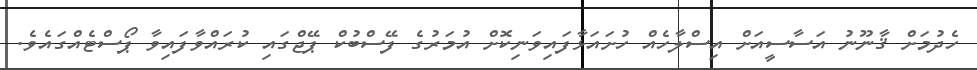
ހެދުމަށް ޤާނޫނު އަސާސީއަށް އިސްލާހެއް ހުށައަޅާފައިވަނިކޮށް އުމަރުގެ ފޭސްބުކް ޕޭޖްގައި ކުރައްވާފައިވާ ޕޯސްޓެއްގައެވެ.